Senior Leaving Certificate Examination (including Day School Certificate (Higher) General paper), 1949
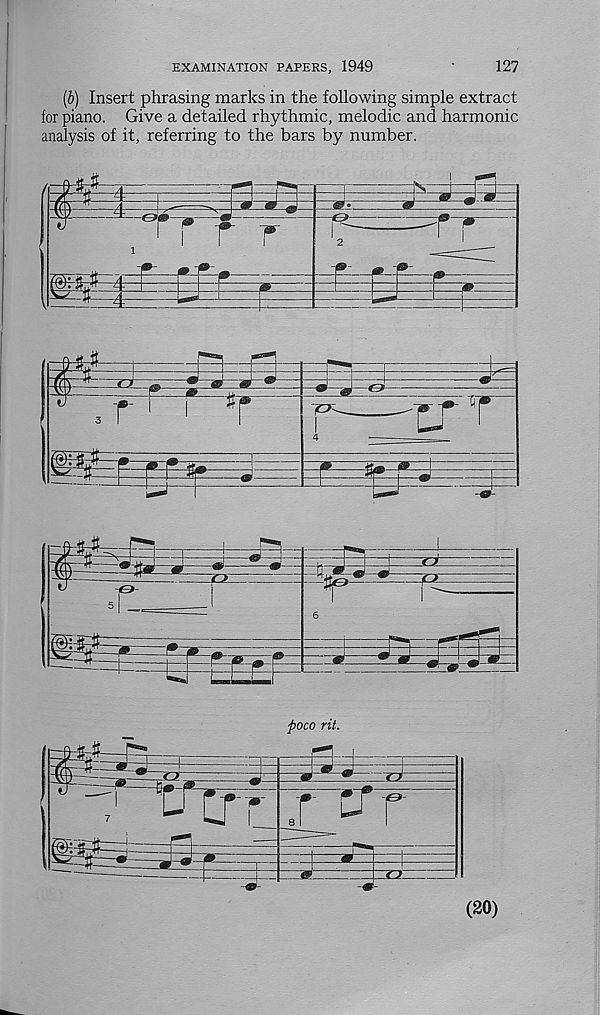
EXAMINATION PAPERS, 1949
127
(b) Insert phrasing marks in the following simple extract
for piano. Give a detailed rhythmic, melodic and harmonic
analysis of it, referring to the bars by number.
ftoco rit.
(20)